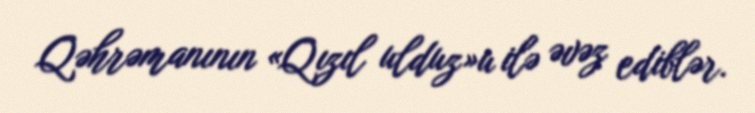
Qəhrəmanının «Qızıl ulduz»u ilə əvəz ediblər.